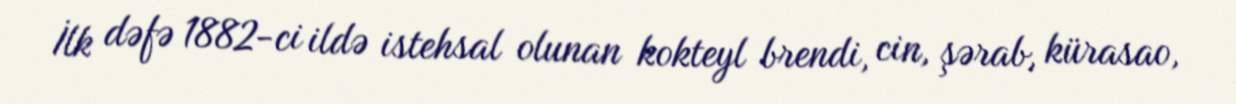
İlk dəfə 1882-ci ildə istehsal olunan kokteyl brendi, cin, şərab, kürasao,